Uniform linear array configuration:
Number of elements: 8
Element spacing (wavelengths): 0.75
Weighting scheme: hann
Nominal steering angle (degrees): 15
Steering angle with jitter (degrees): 16.766
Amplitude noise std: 0.05
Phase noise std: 0.05

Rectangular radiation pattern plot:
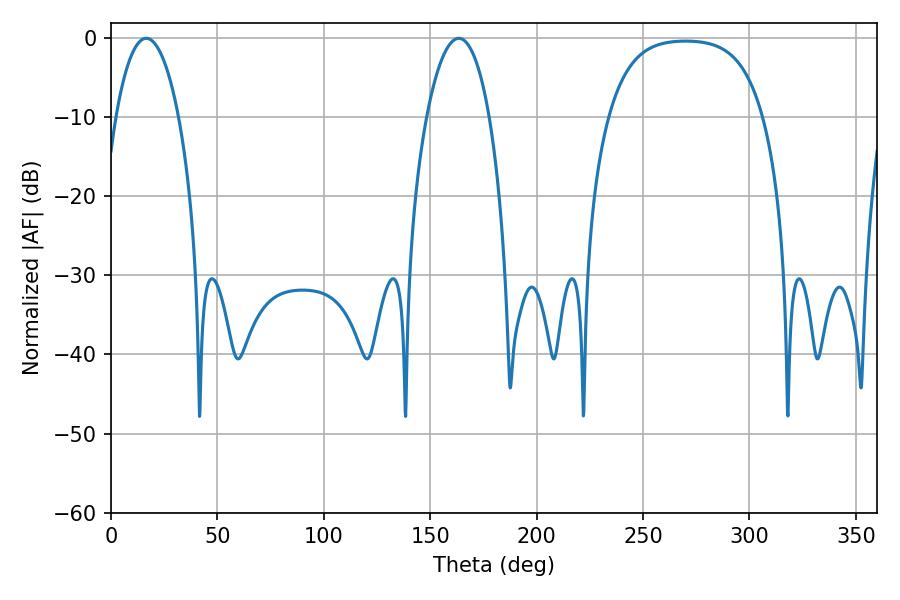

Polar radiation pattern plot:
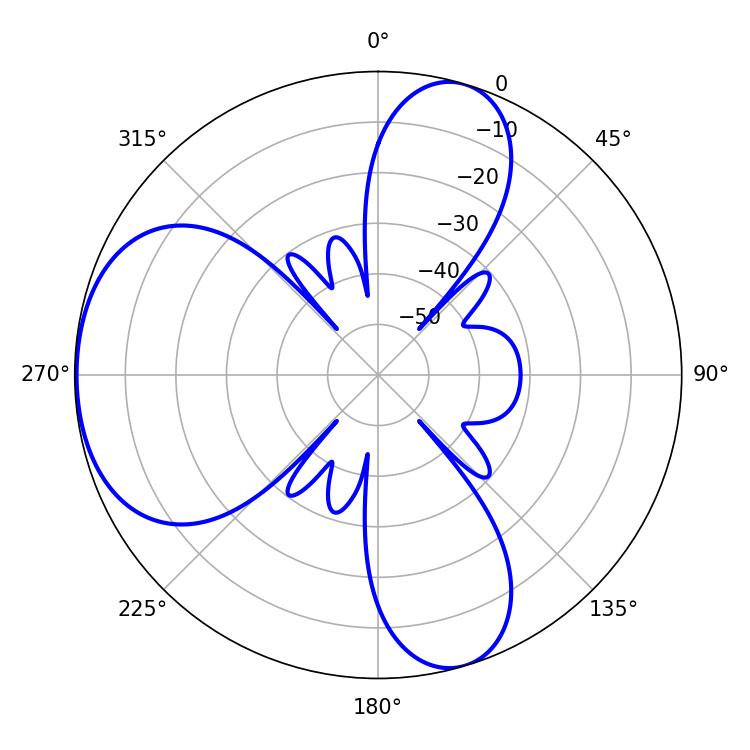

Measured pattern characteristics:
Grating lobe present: TRUE
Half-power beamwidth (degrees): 16.56
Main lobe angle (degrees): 16.56